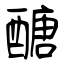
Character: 醣